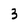
Character: 3